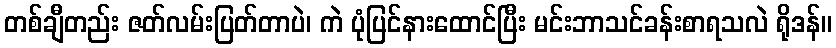
တစ်ချီတည်း ဇတ်လမ်းပြတ်တာပဲ၊ ကဲ ပုံပြင်နားထောင်ပြီး မင်းဘာသင်ခန်းစာရသလဲ ရိုဒန်။